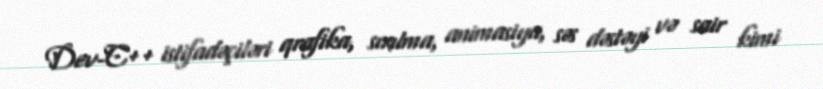
Dev-C++ istifadəçiləri qrafika, sıxılma, animasiya, səs dəstəyi və sair kimi